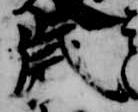
歳